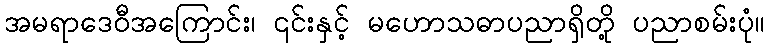
အမရာဒေဝီအကြောင်း၊ ၎င်းနှင့် မဟောသဓာပညာရှိတို့ ပညာစမ်းပုံ။